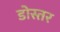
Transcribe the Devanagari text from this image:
डोस्तर